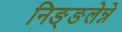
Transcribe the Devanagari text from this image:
निङ्ङलेन्ने